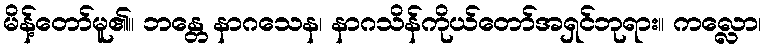
မိန့်တော်မူ၏။ ဘန္တေ နာဂသေန၊ နာဂသိန်ကိုယ်တော်အရှင်ဘုရား။ ကလ္လော၊